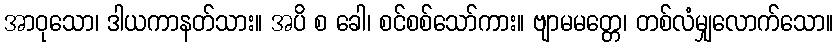
အာဝုသော၊ ဒါယကာနတ်သား။ အပိ စ ခေါ၊ စင်စစ်သော်ကား။ ဗျာမမတ္တေ၊ တစ်လံမျှလောက်သော။